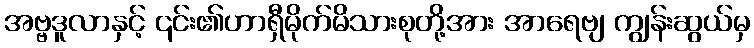
အဗ္ဗဒူလာနှင့် ၎င်း၏ဟာရှီမိုက်မိသားစုတို့အား အာရေဗျ ကျွန်းဆွယ်မှ